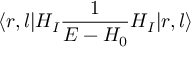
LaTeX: \langle r , l | H _ { I } { \frac { 1 } { E - H _ { 0 } } } H _ { I } | r , l \rangle